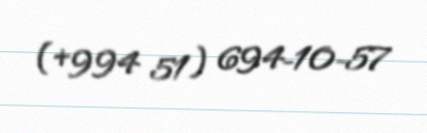
(+994 51) 694-10-57